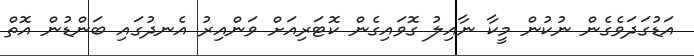
އަޑުގަދަވެގެން ނުކުން މީކާ ނާއިލު ގޮވައިގެން ކޮޓަރިއަށް ވަންއިރު އެނދުގައި ބަންޑުން އޮތް